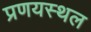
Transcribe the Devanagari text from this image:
प्रणयस्थल